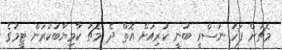
މެޗަށް ފަހު ނަސްރީ ބުނީ ކުރިއަށް އޮތް ދެ މެޗު ކާމިޔާބުކުރަން ޓީމުގެ